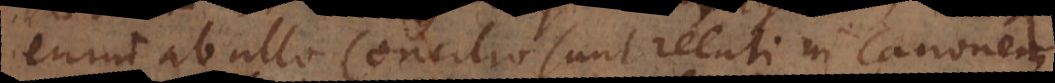
enim ab ullo Concilio sunt relati in Canonem.